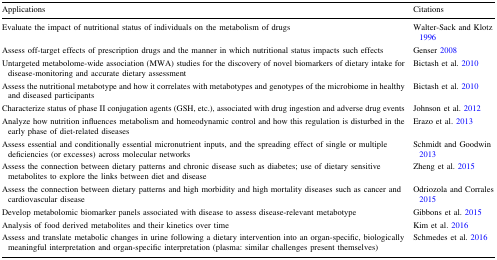
<table><thead><tr><td><b>Applications</b></td><td><b>Citations</b></td></tr></thead><tbody><tr><td>Evaluate the impact of nutritional status of individuals on the metabolism of drugs</td><td>Walter-Sack and Klotz 1996</td></tr><tr><td>Assess off-target effects of prescription drugs and the manner in which nutritional status impacts such effects</td><td>Genser 2008</td></tr><tr><td>Untargeted metabolome-wide association (MWA) studies for the discovery of novel biomarkers of dietary intake for disease-monitoring and accurate dietary assessment</td><td>Bictash et al. 2010</td></tr><tr><td>Assess the nutritional metabotype and how it correlates with metabotypes and genotypes of the microbiome in healthy and diseased participants</td><td>Bictash et al. 2010</td></tr><tr><td>Characterize status of phase II conjugation agents (GSH, etc.), associated with drug ingestion and adverse drug events</td><td>Johnson et al. 2012</td></tr><tr><td>Analyze how nutrition influences metabolism and homeodynamic control and how this regulation is disturbed in the early phase of diet-related diseases</td><td>Erazo et al. 2013</td></tr><tr><td>Assess essential and conditionally essential micronutrient inputs, and the spreading effect of single or multiple deficiencies (or excesses) across molecular networks</td><td>Schmidt and Goodwin 2013</td></tr><tr><td>Assess the connection between dietary patterns and chronic disease such as diabetes; use of dietary sensitive metabolites to explore the links between diet and disease</td><td>Zheng et al. 2015</td></tr><tr><td>Assess the connection between dietary patterns and high morbidity and high mortality diseases such as cancer and cardiovascular disease</td><td>Odriozola and Corrales 2015</td></tr><tr><td>Develop metabolomic biomarker panels associated with disease to assess disease-relevant metabotype</td><td>Gibbons et al. 2015</td></tr><tr><td>Analysis of food derived metabolites and their kinetics over time</td><td>Kim et al. 2016</td></tr><tr><td>Assess and translate metabolic changes in urine following a dietary intervention into an organ-specific, biologically meaningful interpretation and organ-specific interpretation (plasma: similar challenges present themselves)</td><td>Schmedes et al. 2016</td></tr></tbody></table>